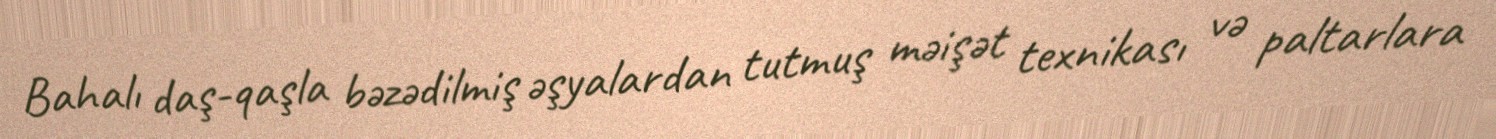
Bahalı daş-qaşla bəzədilmiş əşyalardan tutmuş məişət texnikası və paltarlara